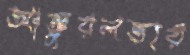
আঙ্গুরলতার